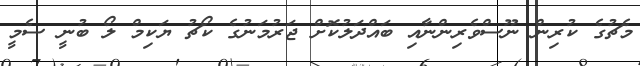
މެޗުގެ ކުރިން ނޫސްވެރިންނާއި ބައްދަލުކޮށް ޖަރުމަނުގެ ކޯޗު ޔަކިމް ލޯ ބުނީ ސެމީ